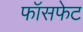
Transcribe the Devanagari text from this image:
फॉसफेट